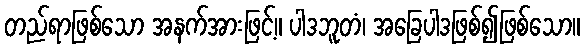
တည်ရာဖြစ်သော အနက်အားဖြင့်။ ပါဒဘူတံ၊ အခြေပါဒဖြစ်၍ဖြစ်သော။